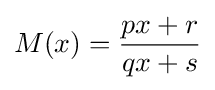
M(x)={\frac {px+r}{qx+s}}